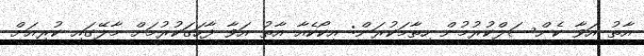
އާތު އަވާ ކެންސަލްކުރުމުން ހިތާމަކުރަން: އީކޯކެއާ އާތު އަވާ ފާހަގަކުރުމަށް މާލޭގައި ކުރިއަށް